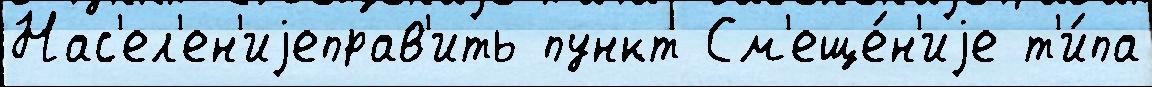
Нас'ел'ен'иjеправ'ить пункт См'еще́н'иjе т'и́па